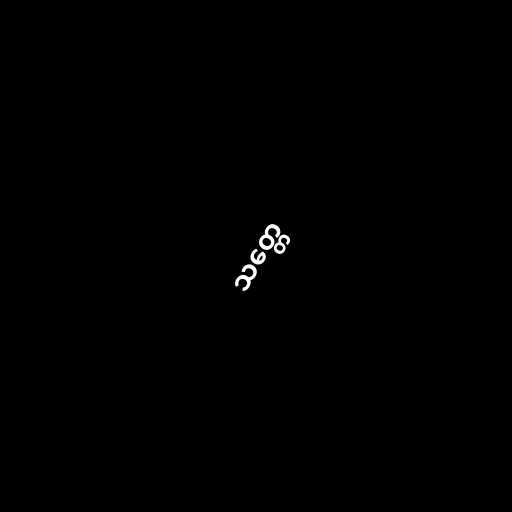
သတ္တေ